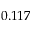
0 . 1 1 7